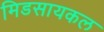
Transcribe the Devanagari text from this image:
मिडसायकल